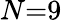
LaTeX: N{=}9